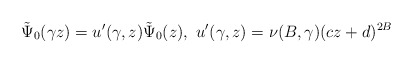
\begin{align*}\tilde \Psi_0 (\gamma z) =u^{\prime}(\gamma,z) \tilde \Psi_0 (z),\, \, u^{\prime} (\gamma,z)=\nu (B, \gamma)(cz+d)^{2B}\end{align*}